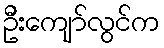
ဦးကျော်လွင်က